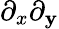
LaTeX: \partial_{x}\partial_{\mathbf{y}}